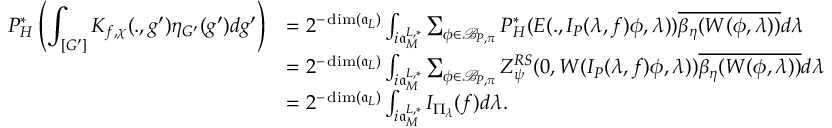
\begin{array} { r l } { \displaystyle P _ { H } ^ { * } \left( \int _ { [ G ^ { \prime } ] } K _ { f , \chi } ( . , g ^ { \prime } ) \eta _ { G ^ { \prime } } ( g ^ { \prime } ) d g ^ { \prime } \right) } & { = 2 ^ { - \dim ( \mathfrak { a } _ { L } ) } \int _ { i \mathfrak { a } _ { M } ^ { L , * } } \sum _ { \phi \in \mathcal { B } _ { P , \pi } } P _ { H } ^ { * } ( E ( . , I _ { P } ( \lambda , f ) \phi , \lambda ) ) \overline { { \beta _ { \eta } ( W ( \phi , \lambda ) ) } } d \lambda } \\ & { = 2 ^ { - \dim ( \mathfrak { a } _ { L } ) } \int _ { i \mathfrak { a } _ { M } ^ { L , * } } \sum _ { \phi \in \mathcal { B } _ { P , \pi } } Z _ { \psi } ^ { R S } ( 0 , W ( I _ { P } ( \lambda , f ) \phi , \lambda ) ) \overline { { \beta _ { \eta } ( W ( \phi , \lambda ) ) } } d \lambda } \\ & { = 2 ^ { - \dim ( \mathfrak { a } _ { L } ) } \int _ { i \mathfrak { a } _ { M } ^ { L , * } } I _ { \Pi _ { \lambda } } ( f ) d \lambda . } \end{array}